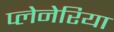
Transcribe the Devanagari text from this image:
प्लेनेरिया